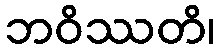
ဘဝိဿတိ၊